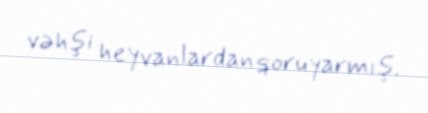
vəhşi heyvanlardan qoruyarmış.